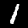
Digit: 1